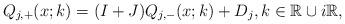
LaTeX: \begin{align*}Q_{j,+}(x ; k)=(I+ J)Q_{j,-}(x;k)+D_j, k \in \mathbb{R} \cup i\mathbb{R},\end{align*}